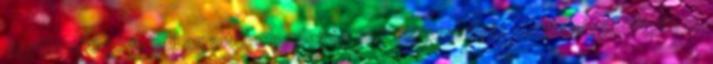
figyelembe véve kell az oltóberendezés szükségességét meghatározni igen 8.